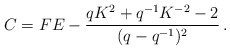
\begin{align*}C= FE -\frac{qK^{2}+q^{-1}K^{-2}-2}{(q-q^{-1})^{2}}\, .\end{align*}